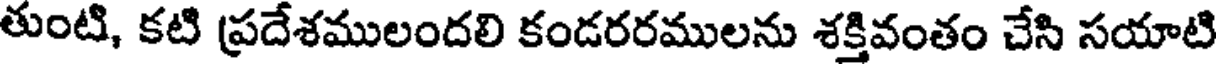
తుంటి, కటి ప్రదేశములందలి కండరరములను శక్తివంతం చేసి సయాటి